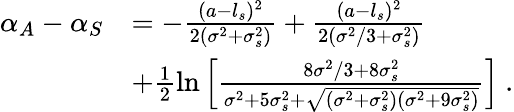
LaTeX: \begin{array}{rl}{\alpha_{A}-\alpha_{S}}&{=-\frac{(a-l_{s})^{2}}{2(\sigma^{2}+\sigma_{s}^{2})}+\frac{(a-l_{s})^{2}}{2(\sigma^{2}/3+\sigma_{s}^{2})}}\\ &{+\frac{1}{2}\ln\left[\frac{8\sigma^{2}/3+8\sigma_{s}^{2}}{\sigma^{2}+5\sigma_{s}^{2}+\sqrt{(\sigma^{2}+\sigma_{s}^{2})(\sigma^{2}+9\sigma_{s}^{2})}}\right]\ .}\end{array}